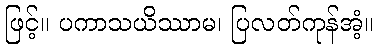
ဖြင့်။ ပကာသယိဿာမ၊ ပြလတ်ကုန်အံ့။